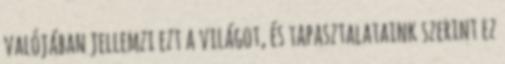
valójában jellemzi ezt a világot, és tapasztalataink szerint ez